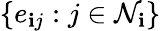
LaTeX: \{ e_{\mathbf{i}j}:j\in\mathcal{{N}}_{\mathbf{i}}\}